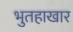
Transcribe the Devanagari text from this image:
भुतहाखार